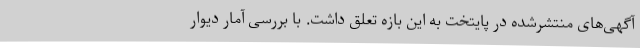
آگهی‌های منتشرشده در پایتخت به این بازه تعلق داشت. با بررسی آمار دیوار